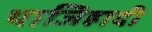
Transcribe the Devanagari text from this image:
थाजिहादी